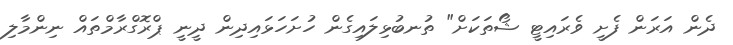
ދެން އަރަން ފެށީ ވެރައިޓީ ޝޯތަކަށް" ތުނބުޅިލައިގެން ހުށަހަޅައިދިން ދީނީ ޕްރޮގްރާމްތައް ނިންމާލި